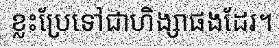
ខ្លះប្រែទៅជាហិង្សាផងដែរ។